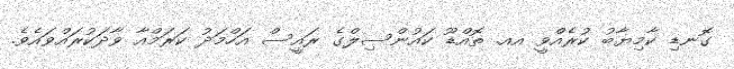
ގޮނޑި ކާމިޔާބު ކުރެއްވީ އއ. ތޮއްޑޫ ކައުންސިލްގެ ރައީސް އަހްމަދު ކަރަމްއާ ވާދަކުރައްވައެވެ.